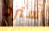
سترد